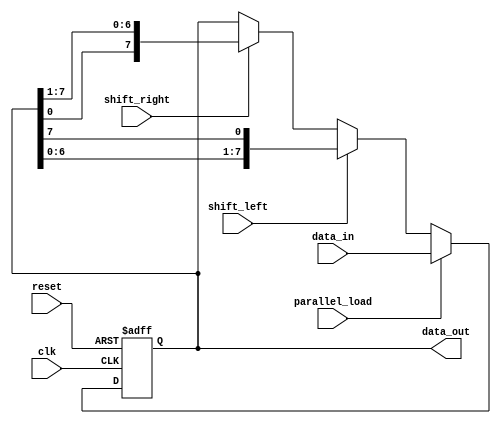
module UniversalShiftRegister (
    input wire clk, reset,
    input wire shift_left, shift_right, parallel_load,
    input wire [7:0] data_in,
    output wire [7:0] data_out
);

    reg [7:0] shift_reg;

    always @(posedge clk or posedge reset) begin
        if (reset)
            shift_reg <= 8'b0;
        else if (parallel_load)
            shift_reg <= data_in;
        else if (shift_left)
            shift_reg <= {shift_reg[6:0], shift_reg[7]};
        else if (shift_right)
shift_reg <= {shift_reg[0], shift_reg[7:1]};
    end

    assign data_out = shift_reg;

endmodule